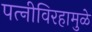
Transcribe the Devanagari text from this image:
पत्‍नीविरहामुळे